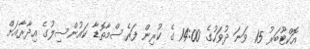
އޮކްޓޫބަރު 15 ވަނަ ދުވަހުގެ 14:00 ގެ ކުރިން ފަރެސްމާތޮޑާ ކައުންސިލުގެ އިދާރާއަށް